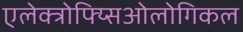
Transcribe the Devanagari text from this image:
एलेक्त्रोफ्य्सिओलोगिकल